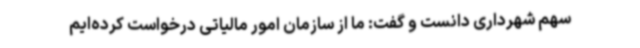
سهم شهرداری دانست و گفت: ما از سازمان امور مالیاتی درخواست کرده‌ایم